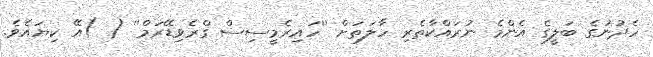
ހެދުނުގެ ބަލީގެ އެންމެ ނުރައްކާތެރި ހާލަތަށް ''ހައިރެމީސިސް ގްރެވިޑޭރަމް'' ( )އޭ ކިޔައެވެ.